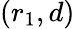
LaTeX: (r_{1},d)